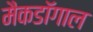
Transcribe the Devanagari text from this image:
मैकडॉगाल